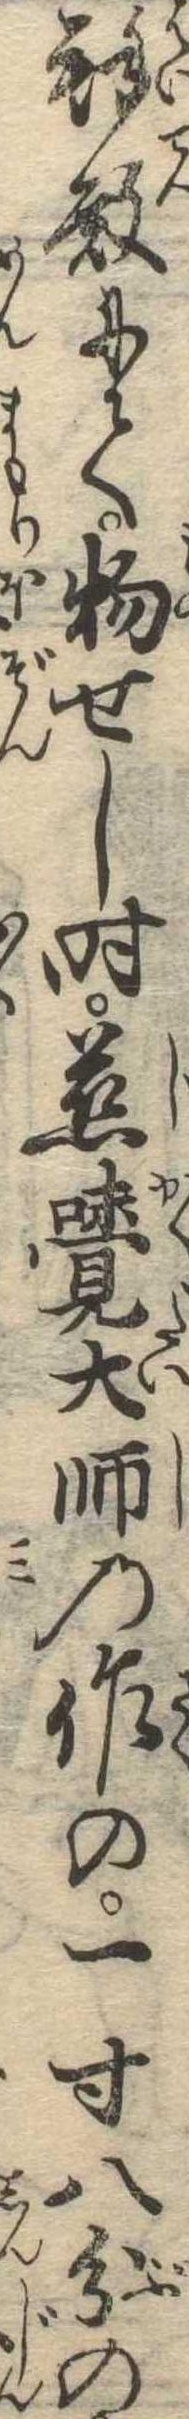
拝殿にて物せし時慈覚大師の作の一寸八分の